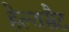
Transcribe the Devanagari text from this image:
हेल्थसैट